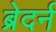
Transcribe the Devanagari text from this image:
ब्रेदर्न